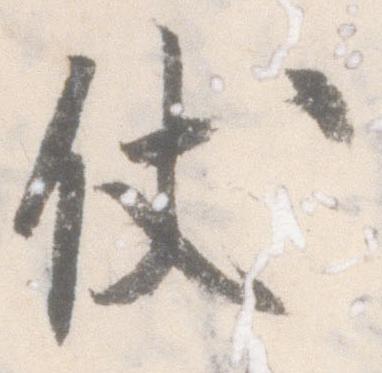
仗